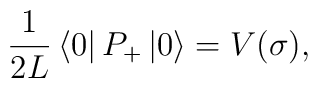
{1 \over 2L}\left\langle 0 \right\vert P_+ \left\vert 0 \right\rangle=V(\sigma),